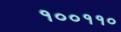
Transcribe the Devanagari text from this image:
१००११०